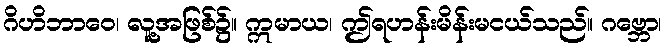
ဂိဟိဘာဝေ၊ လူ့အဖြစ်၌။ ဣမာယ၊ ဤရဟန်းမိန်းမငယ်သည်။ ဂဗ္ဘော၊